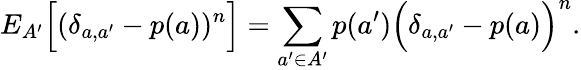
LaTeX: {E}_{A^{\prime}}\Big[(\delta_{a,a^{\prime}}-p(a))^{n}\Big]=\sum_{a^{\prime}\in A^{\prime}}p(a^{\prime})\Big(\delta_{a,a^{\prime}}-p(a)\Big)^{n}.